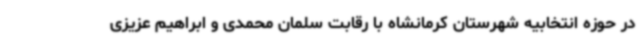
در حوزه انتخابیه شهرستان کرمانشاه با رقابت سلمان محمدی و ابراهیم عزیزی